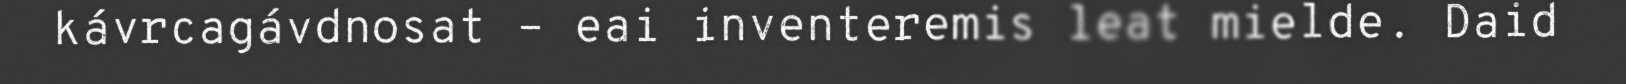
kávrcagávdnosat – eai inventeremis leat mielde. Daid